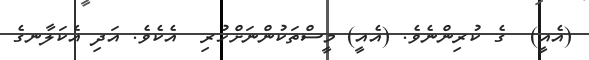
(އެއީ)  ގެ ކުރިންނެވެ. (އެއީ) މީސްތަކުންނަށްހުރި  އެކެވެ. އަދި އެކަލާނގެ